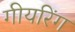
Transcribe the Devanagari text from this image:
गीयरिंग